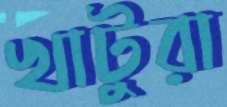
খাটুরা